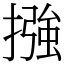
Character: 摾